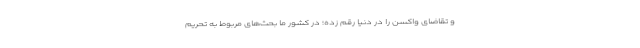
و تقاضای واکسن را در دنیا رقم زده؛ در کشور ما بحث‌های مربوط به تحریم